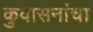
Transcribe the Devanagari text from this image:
कुवासनांचा